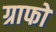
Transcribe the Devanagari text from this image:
ग्राफो